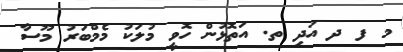
މ ފ ދ އަދި ތ. އަތޮޅުން ހޮވީ މުލަކު މެމްބަރު މޫސާ